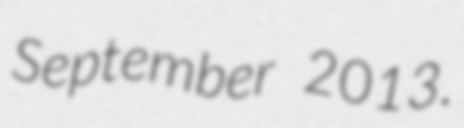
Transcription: September 2013.